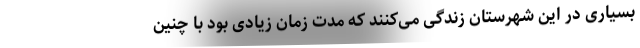
بسیاری در این شهرستان زندگی می‌کنند که مدت زمان زیادی بود با چنین